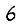
Digit: 6